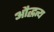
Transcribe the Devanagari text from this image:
औद्धत्य